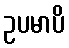
ဥပမာပိ